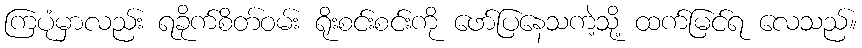
ကြပုံမှာလည်း ရခိုက်စိတ်ဝမ်း ရိုးစင်းစင်းကို ဖော်ပြနေသကဲ့သို့ ထက်မြင်ရ လေသည်။